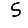
Digit: 5